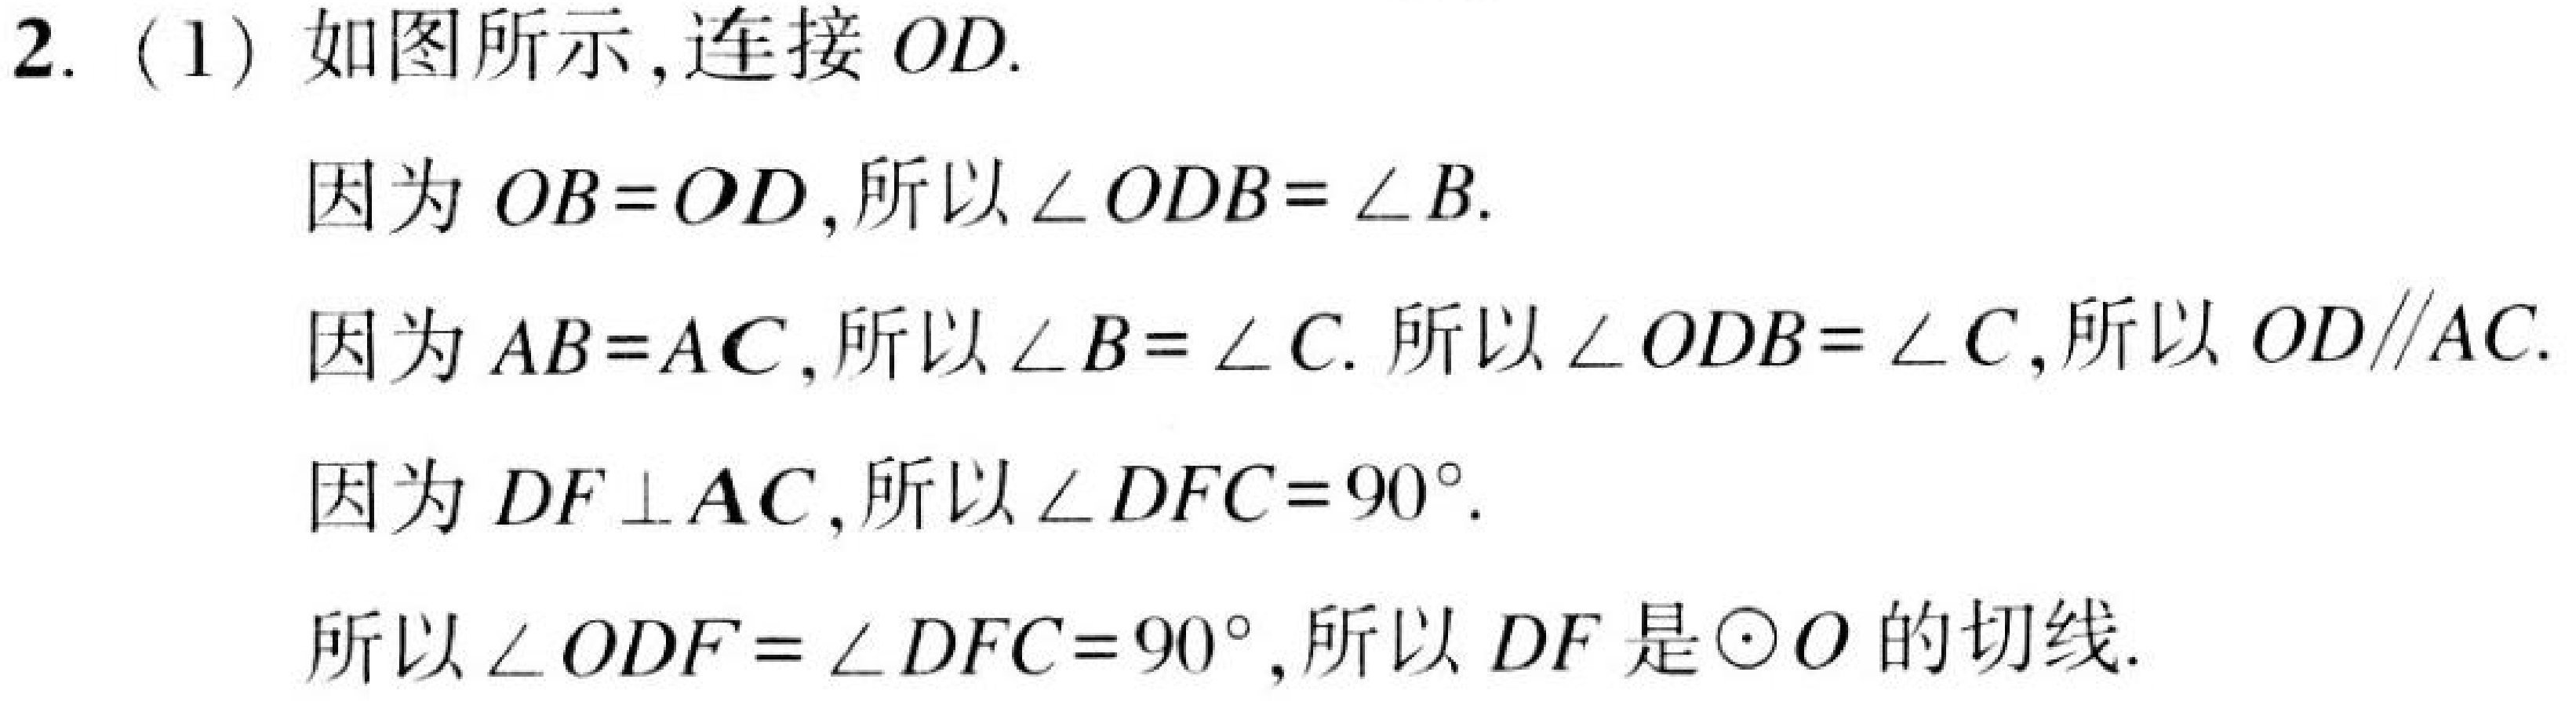
2. (1) 如图所示,连接 \(OD\).
因为 \(OB = OD\),所以 \(\angle ODB=\angle B\).
因为 \(AB = AC\),所以 \(\angle B=\angle C\). 所以 \(\angle ODB=\angle C\),所以 \(OD\parallel AC\).
因为 \(DF\perp AC\),所以 \(\angle DFC = 90^{\circ}\).
所以 \(\angle ODF=\angle DFC = 90^{\circ}\),所以 \(DF\) 是 \(\odot O\) 的切线.